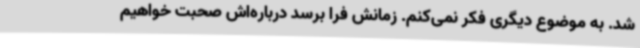
شد. به موضوع دیگری فکر نمی‌کنم. زمانش فرا برسد درباره‌اش صحبت خواهیم